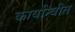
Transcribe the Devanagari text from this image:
कार्यान्‍वीत